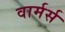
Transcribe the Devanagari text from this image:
वार्मर्स